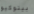
بينوكيو